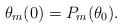
LaTeX: \begin{align*}\theta_m(0) = P_m(\theta_0).\end{align*}